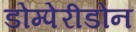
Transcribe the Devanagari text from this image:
डोम्पेरीडोन